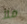
ملأ